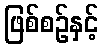
ဖြစ်စဉ်နှင့်